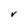
Character: V